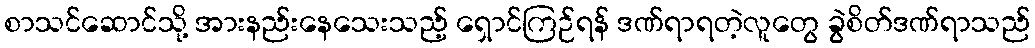
စာသင်ဆောင်သို့ အားနည်းနေသေးသည့် ရှောင်ကြဉ်ရန် ဒဏ်ရာရတဲ့လူတွေ ခွဲစိတ်ဒဏ်ရာသည်